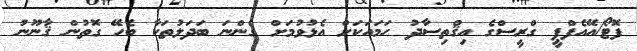
ފޮޓޯޯ/އޭއެފްޕީ ގްރީސްގެ އިޤްތިސާދު ހަމައަކަށް އެޅުވުމަށް ގެންނަ ބަަދަލުތަކާ ބެހޭ ގޮތުން ޤާނޫނު